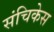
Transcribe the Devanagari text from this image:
संचिकेस